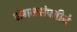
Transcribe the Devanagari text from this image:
जंगलसंपत्तीने